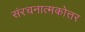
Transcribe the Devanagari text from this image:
संरचनात्मकोत्तर